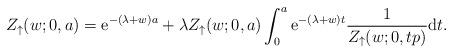
LaTeX: \begin{align*}Z_\uparrow (w; 0,a) & = \mathrm{e}^{-(\lambda+w )a} + \lambda Z_\uparrow (w; 0,a) \int_{0}^{a} \mathrm{e}^{-(\lambda+w ) t} \frac{1}{Z_\uparrow (w; 0,tp)} \mathrm{d}t.\end{align*}